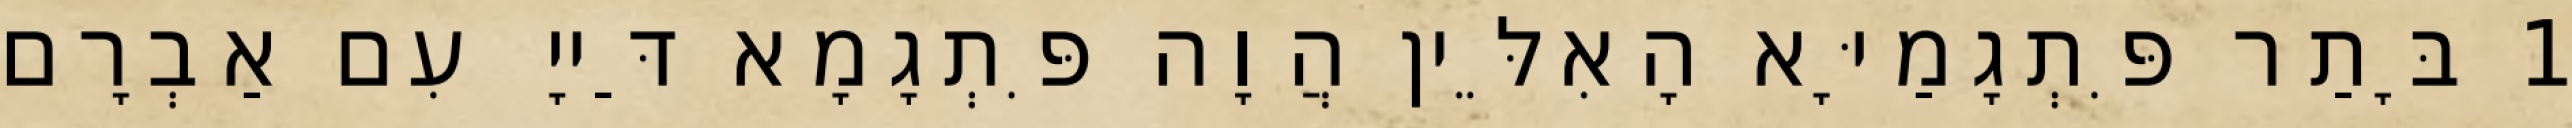
1 בָּתַר פִּתְגָמַיָּא הָאִלֵּין הֲוָה פִּתְגָמָא דַּייָ עִם אַבְרָם